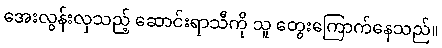
အေးလွန်းလှသည့် ဆောင်းရာသီကို သူ တွေးကြောက်နေသည်။